Annual report on the mental hospital in the Central Provinces and Berar (Nagpur) - 1927-1951
Year: 1927
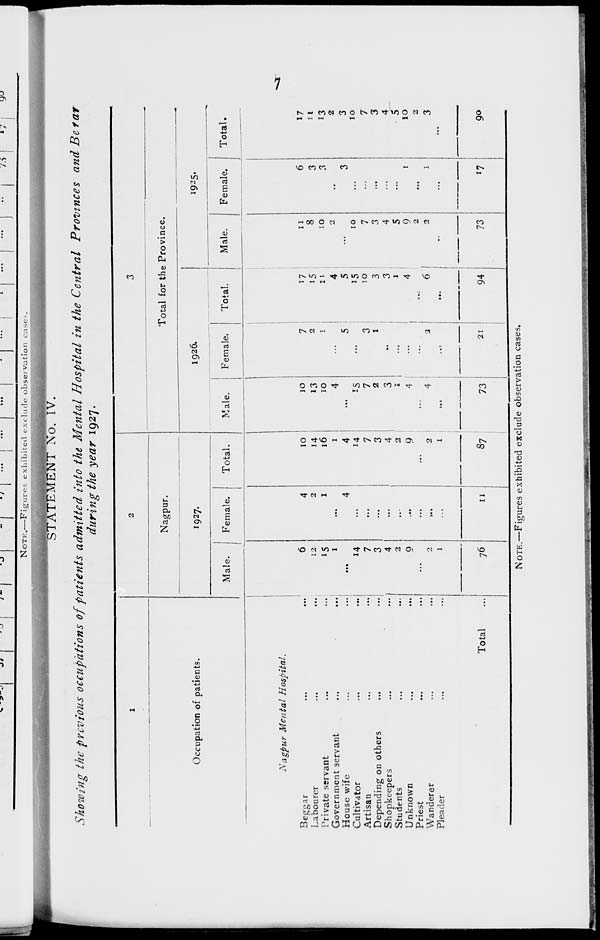
7
STATEMENT No. IV.
Showing the previous occupations of patients admitted into the Mental Hospital in the Central Provinces and Berar
during the year 1927.
1
Occupation of patients.
Nagpur Mental Hospital.
Beggar
...
...
Labourer ... ...
Private servant ... ...
Government servant
...
...
House wife ... ...
Cultivator ... ...
Artisan ... ...
Depending on others ... ...
Shopkeepers ... ...
Students ... ...
Unknown ... ...
Priest ... ...
Wanderer ... ...
Pleader ... ...
Total ...
2
Nagpur.
1927.
Male.
6
12
15
1
...
14
7
3
4
2
9
...
2
1
76
Female.
4
2
1
...
4
...
...
...
...
...
...
...
...
...
11
Total.
10
14
16
1
4
14
7
3
4
2
9
...
2
1
87
3
Total for the Province.
1926.
Male.
10
13
10
4
...
15
7
2
3
1
4
...
4
...
73
Female.
7
2
1
...
5
...
3
1
...
...
...
...
2
...
21
Total.
17
15
11
4
5
15
10
3
3
1
4
...
6
...
94
1925.
Male.
11
8
10
2
...
10
7
3
4
5
9
2
2
...
73
Female.
6
3
3
...
3
...
...
...
...
...
1
...
1
...
17
Total.
17
11
13
2
3
10
7
3
4
5
10
2
3
...
90
NOTE.—Figures exhibited exclude observation cases.